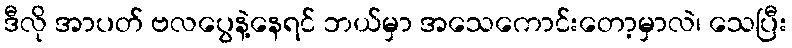
ဒီလို အာပတ် ဗလပွေနဲ့နေရင် ဘယ်မှာ အသေကောင်းတော့မှာလဲ၊ သေပြီး